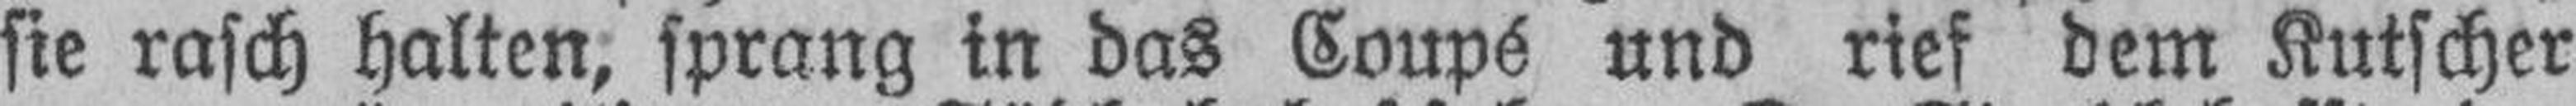
sie rasch halten, sprang in das Coupé und rief dem Kutscher